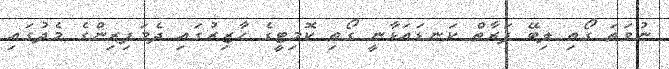
ނުވަތަ ގޯތި ލިބޭ ފަރާތް ކަނޑައަޅާނީ ގޯތި ކޮމިޓީގެ ހާޒިރުގައި ދެމަފިރިންގެ މެދުގައި